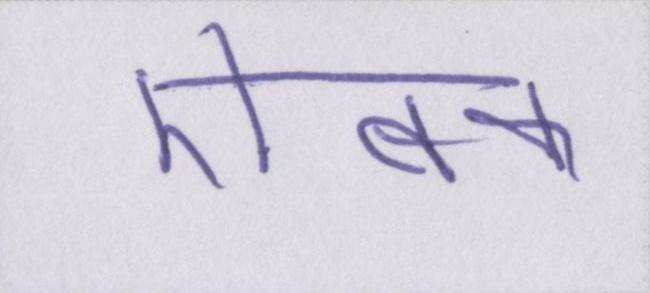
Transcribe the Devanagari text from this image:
ऐबक